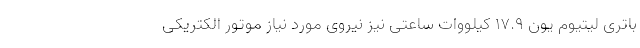
باتری لیتیوم یون 17.9 کیلووات ساعتی نیز نیروی مورد نیاز موتور الکتریکی